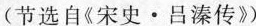
(节选自《宋史·吕溱传》)